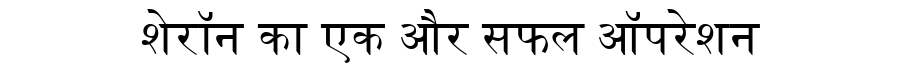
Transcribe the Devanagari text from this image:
शेरॉन का एक और सफल ऑपरेशन